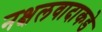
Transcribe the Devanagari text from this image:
नक्षलवादाकडे